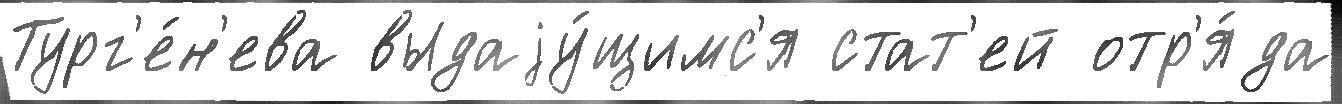
Тург'е́н'ева выдаjу́щимс'я стат'ей отр'я́да